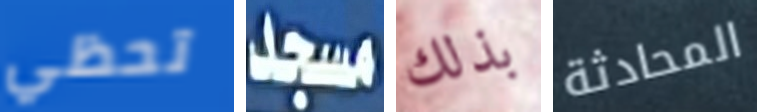
تحظي مسجد بذلك المحادثة